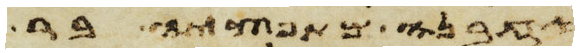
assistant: אבינו מת במדבר